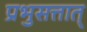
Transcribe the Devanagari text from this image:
प्रभुसत्तात्